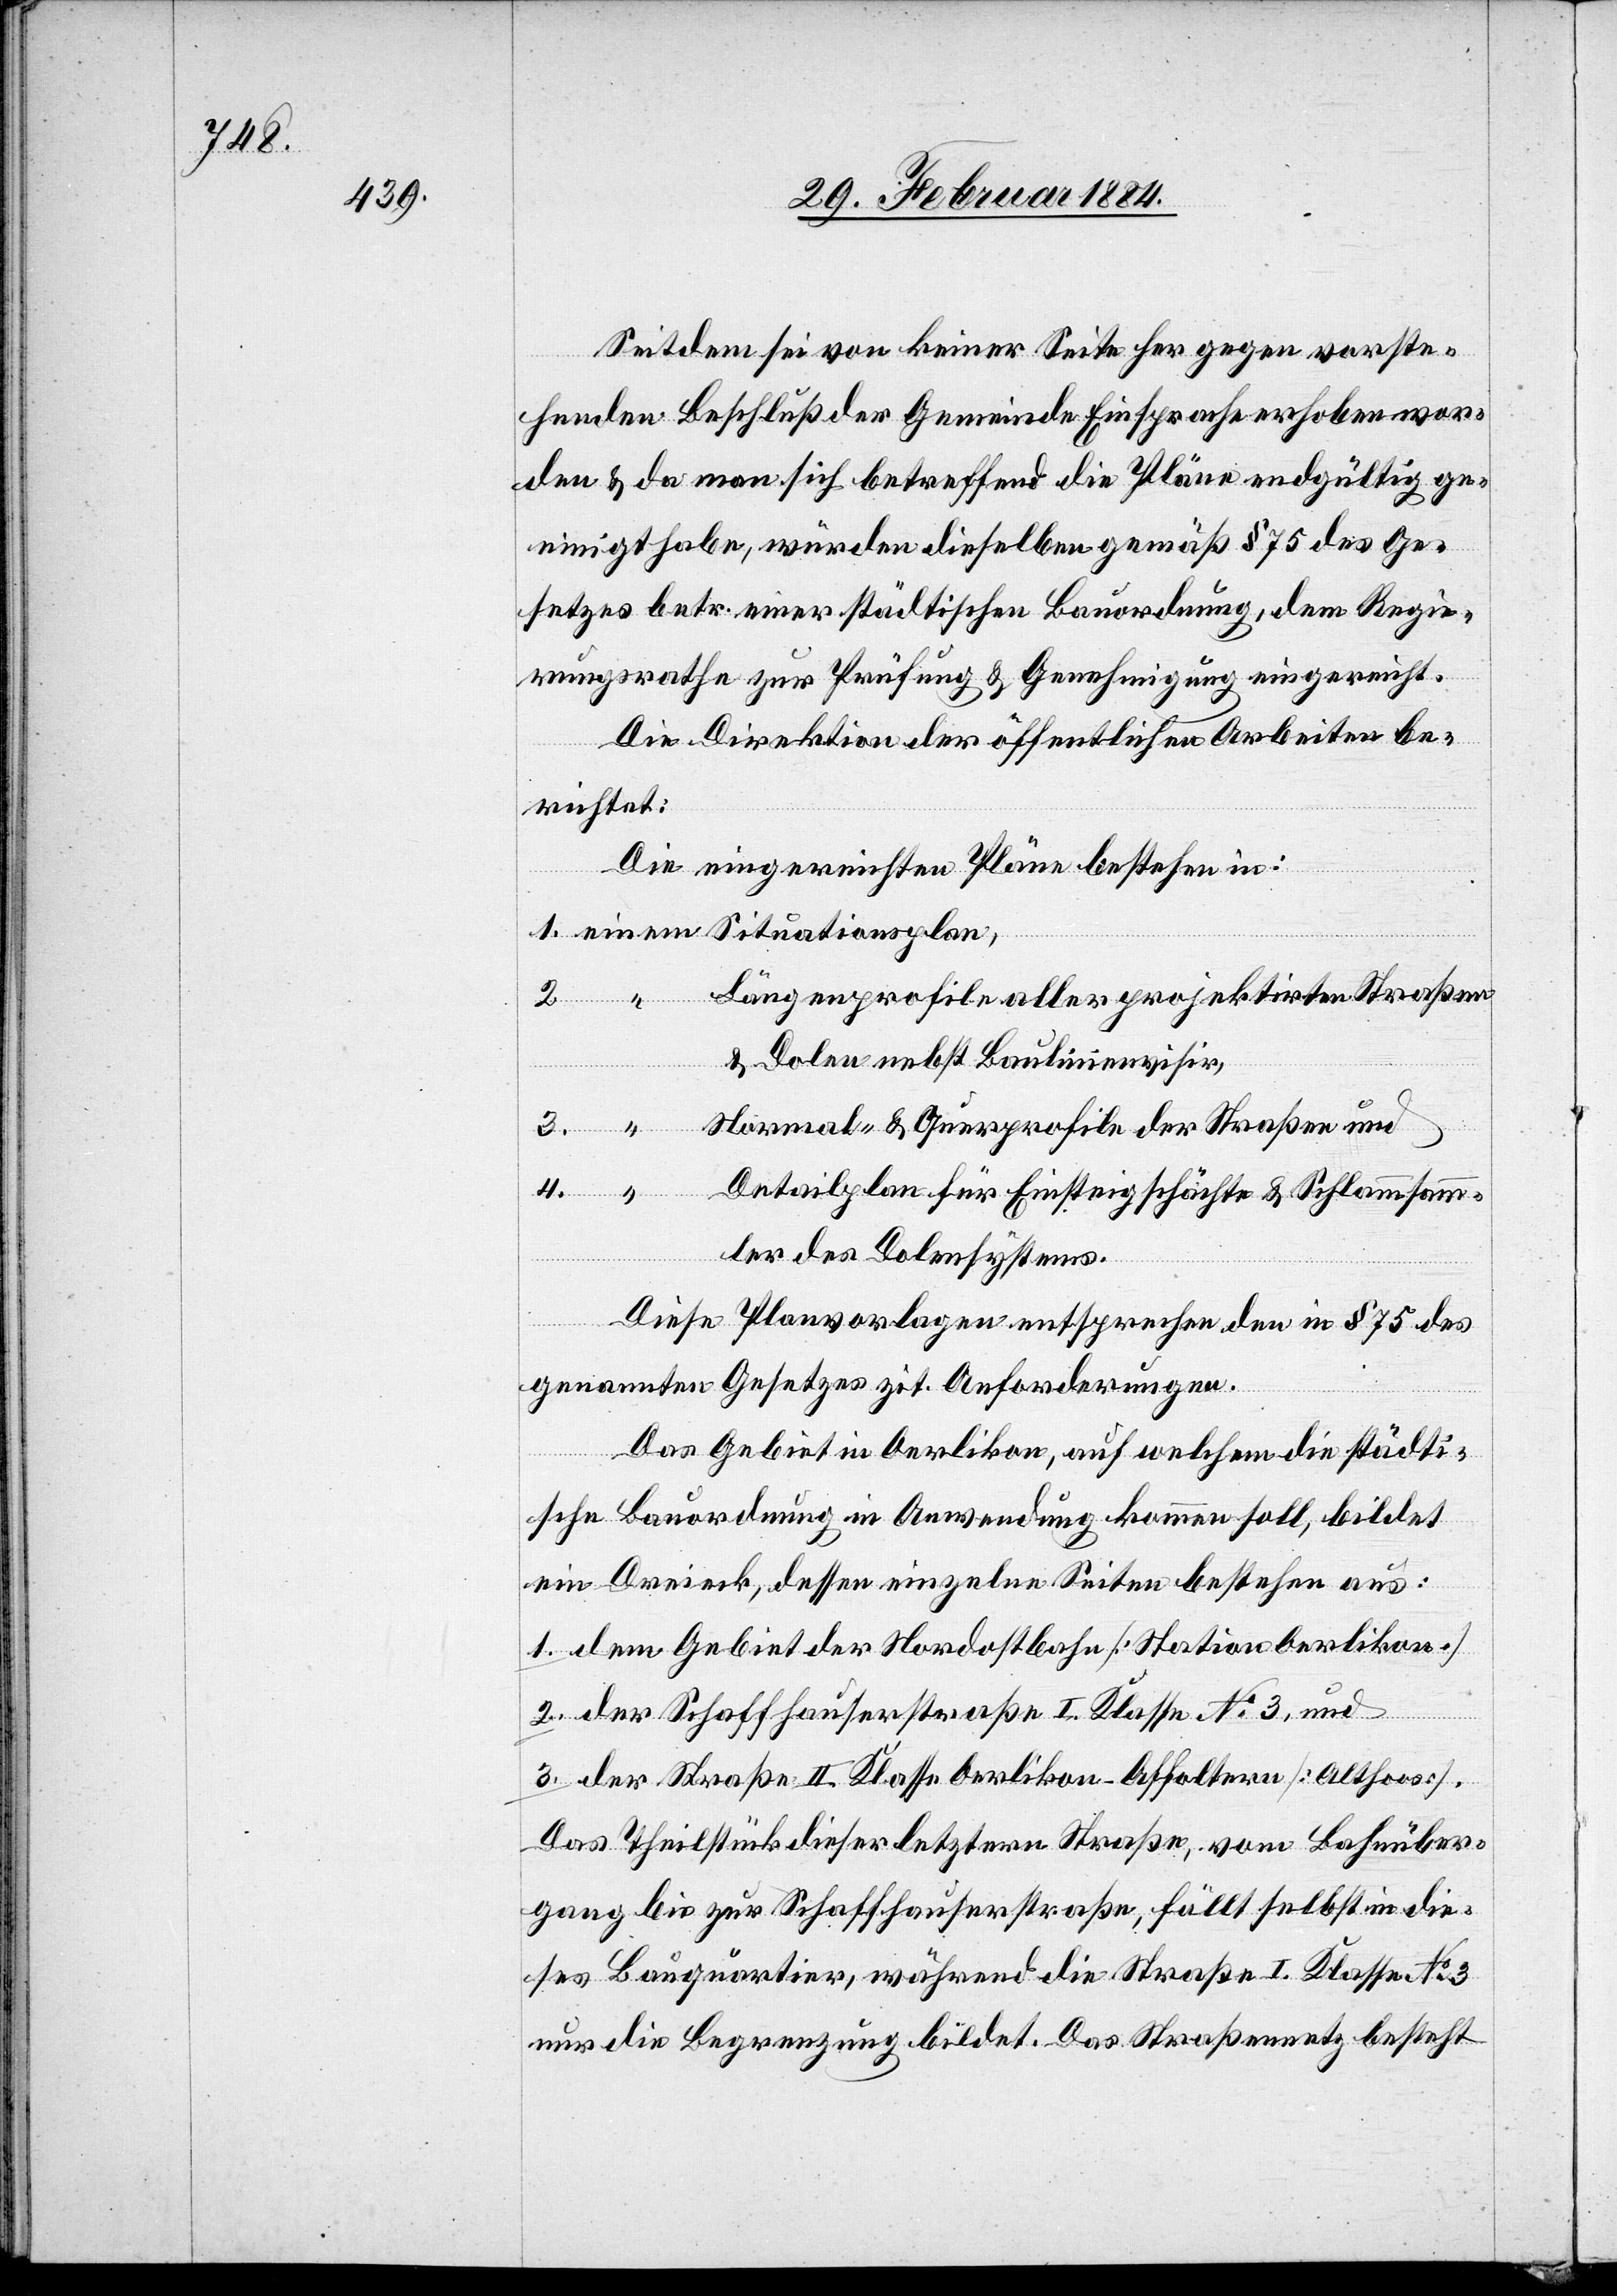
Seitdem sei von keiner Seite her gegen vorste¬
henden Beschluß der Gemeinde Einsprache erhoben wor¬
den & da man sich betreffend die Pläne endgültig ge¬
einigt habe, würden dieselben gemäß § 75 des Ge¬
setzes betr. einer städtischen Bauordnung, dem Regie¬
rungsrathe zur Prüfung & Genehmigung eingereicht.
Die Direktion der öffentlichen Arbeiten be¬
richtet:
Die eingereichten Pläne bestehen in:
1. einem Situationsplan,
Längenprofile aller projektirten Straßen
& Dolen nebst Baulinienvisir,
3. “ Normal- & Querprofile der Straßen und
4. “
Detailplan für Einstiegschächte & Schlammsamm¬
ler des Dolensystems.
Diese Planvorlage entspreche den in § 75 des
genannten Gesetzes zit. Anforderungen.
Das Gebiet in Oerlikon, auf welchem die städti¬
sche Bauordnung in Anwendung kommen soll. bildet
ein Dreieck, dessen einzelnen Seiten bestehen aus:
1. dem Gebiet der Nordostbahn [Station Oerlikon]
2. der Schaffhauserstraße I. Klasse No 3, und
3. der Straße II. Klasse Oerlikon–Affoltern [Althoos].
Das Theilstück dieser letztern Straße, vom Bahnüber¬
gang bis zur Schaffhauserstraße, fällt selbst in die¬
ses Bauquartier, während die Straße I. Klasse No 3
nur die Begrenzung bildet. Das Straßennetz besteht